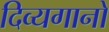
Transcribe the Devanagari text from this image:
दिव्यगानों